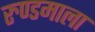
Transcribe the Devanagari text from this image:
रुण्डमाला